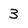
Character: 3